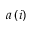
a \left( i \right)